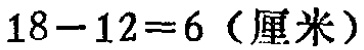
\(18 - 12 = 6\)（厘米）